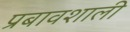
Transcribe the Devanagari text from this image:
प्रबावशाली